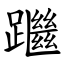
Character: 䠪